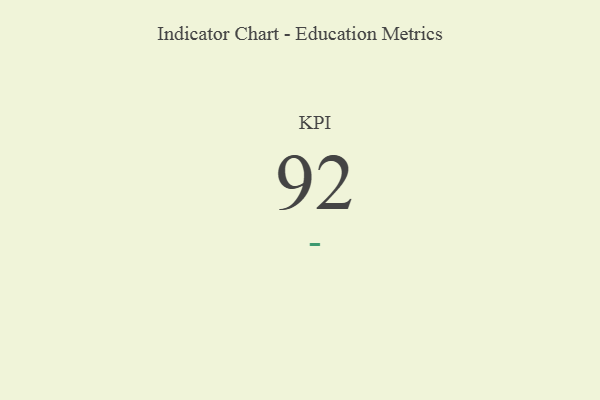
{"axis": {"x": "KPI", "y": "Value"}, "legend": [""], "data": [{"x": "KPI", "y": 92, "type": ""}]}